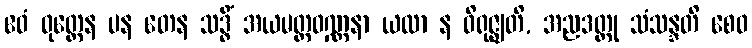
ဧဝံ ဝုတ္တေန ပန တေန သဒ္ဓိံ အယမတ္ထဝဏ္ဏနာ ယထာ န ဝိရုဇ္ဈတိ, အညဒတ္ထု သံသန္ဒတိ စေဝ